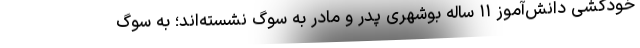
خودکشی دانش‌آموز ۱۱ ساله بوشهری پدر و مادر به سوگ نشسته‌اند؛ به سوگ